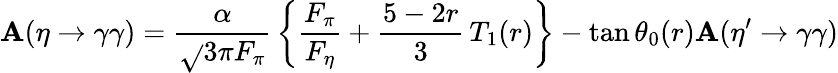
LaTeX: \mathbf{A}(\eta\to\gamma\gamma)={\frac{{\alpha}}{{\sqrt{}{3}\pi{F_{\pi}}}}}\left\{ {\frac{{F_{\pi}}}{{F_{\eta}}}}+{\frac{{5-2r}}{{3}}}\, T_{1}(r)\right\} -\tan\theta_{0}(r)\mathbf{A}({\eta^{\prime}}\to\gamma\gamma)